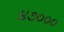
૪૭૦૦૦